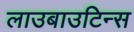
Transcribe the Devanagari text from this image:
लाउबाउटिन्स